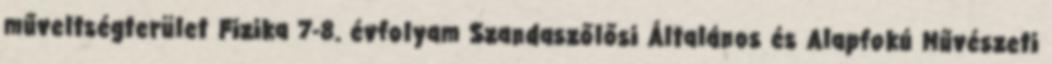
műveltségterület Fizika 7-8. évfolyam Szandaszőlősi Általános és Alapfokú Művészeti